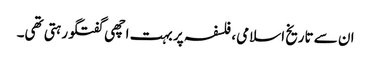
ان سے تاریخ اسلامی، فلسفہ پر بہت اچھی گفتگو رہتی تھی۔